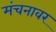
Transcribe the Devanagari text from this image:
मंचनावर